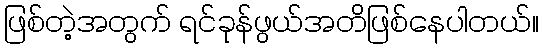
ဖြစ်တဲ့အတွက် ရင်ခုန်ဖွယ်အတိဖြစ်နေပါတယ်။